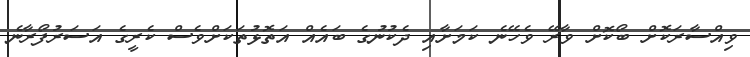
ވިއްސާރަކޮށް ބޯކޮށް ވާރޭ ވެހޭނެ ކަމަށާއި ދެކުނުގެ ބައެއް އަތޮޅުތަކަށްވެސް ކެރީގެ އަސަރުފޯރާނެ